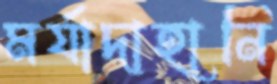
মর্যাদাহানি